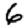
Digit: 6